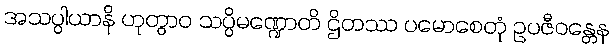
အသပ္ပါယာနိ ဟုတွာဝ သပ္ပိမဏ္ဍောတိ ဌိတဿ ပမောစေတုံ ဥပဇီဝန္တေန